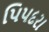
પિપદરા